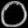
Digit: ၀